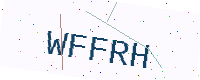
Text: WFFRH